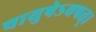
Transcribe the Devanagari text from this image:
चायुषेऽवपत्।